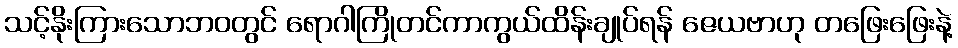
သင့်နိုးကြားသောဘဝတွင် ရောဂါကြိုတင်ကာကွယ်ထိန်းချုပ်ရန် ဇေယဗာဟု တဖြေးဖြေးနဲ့